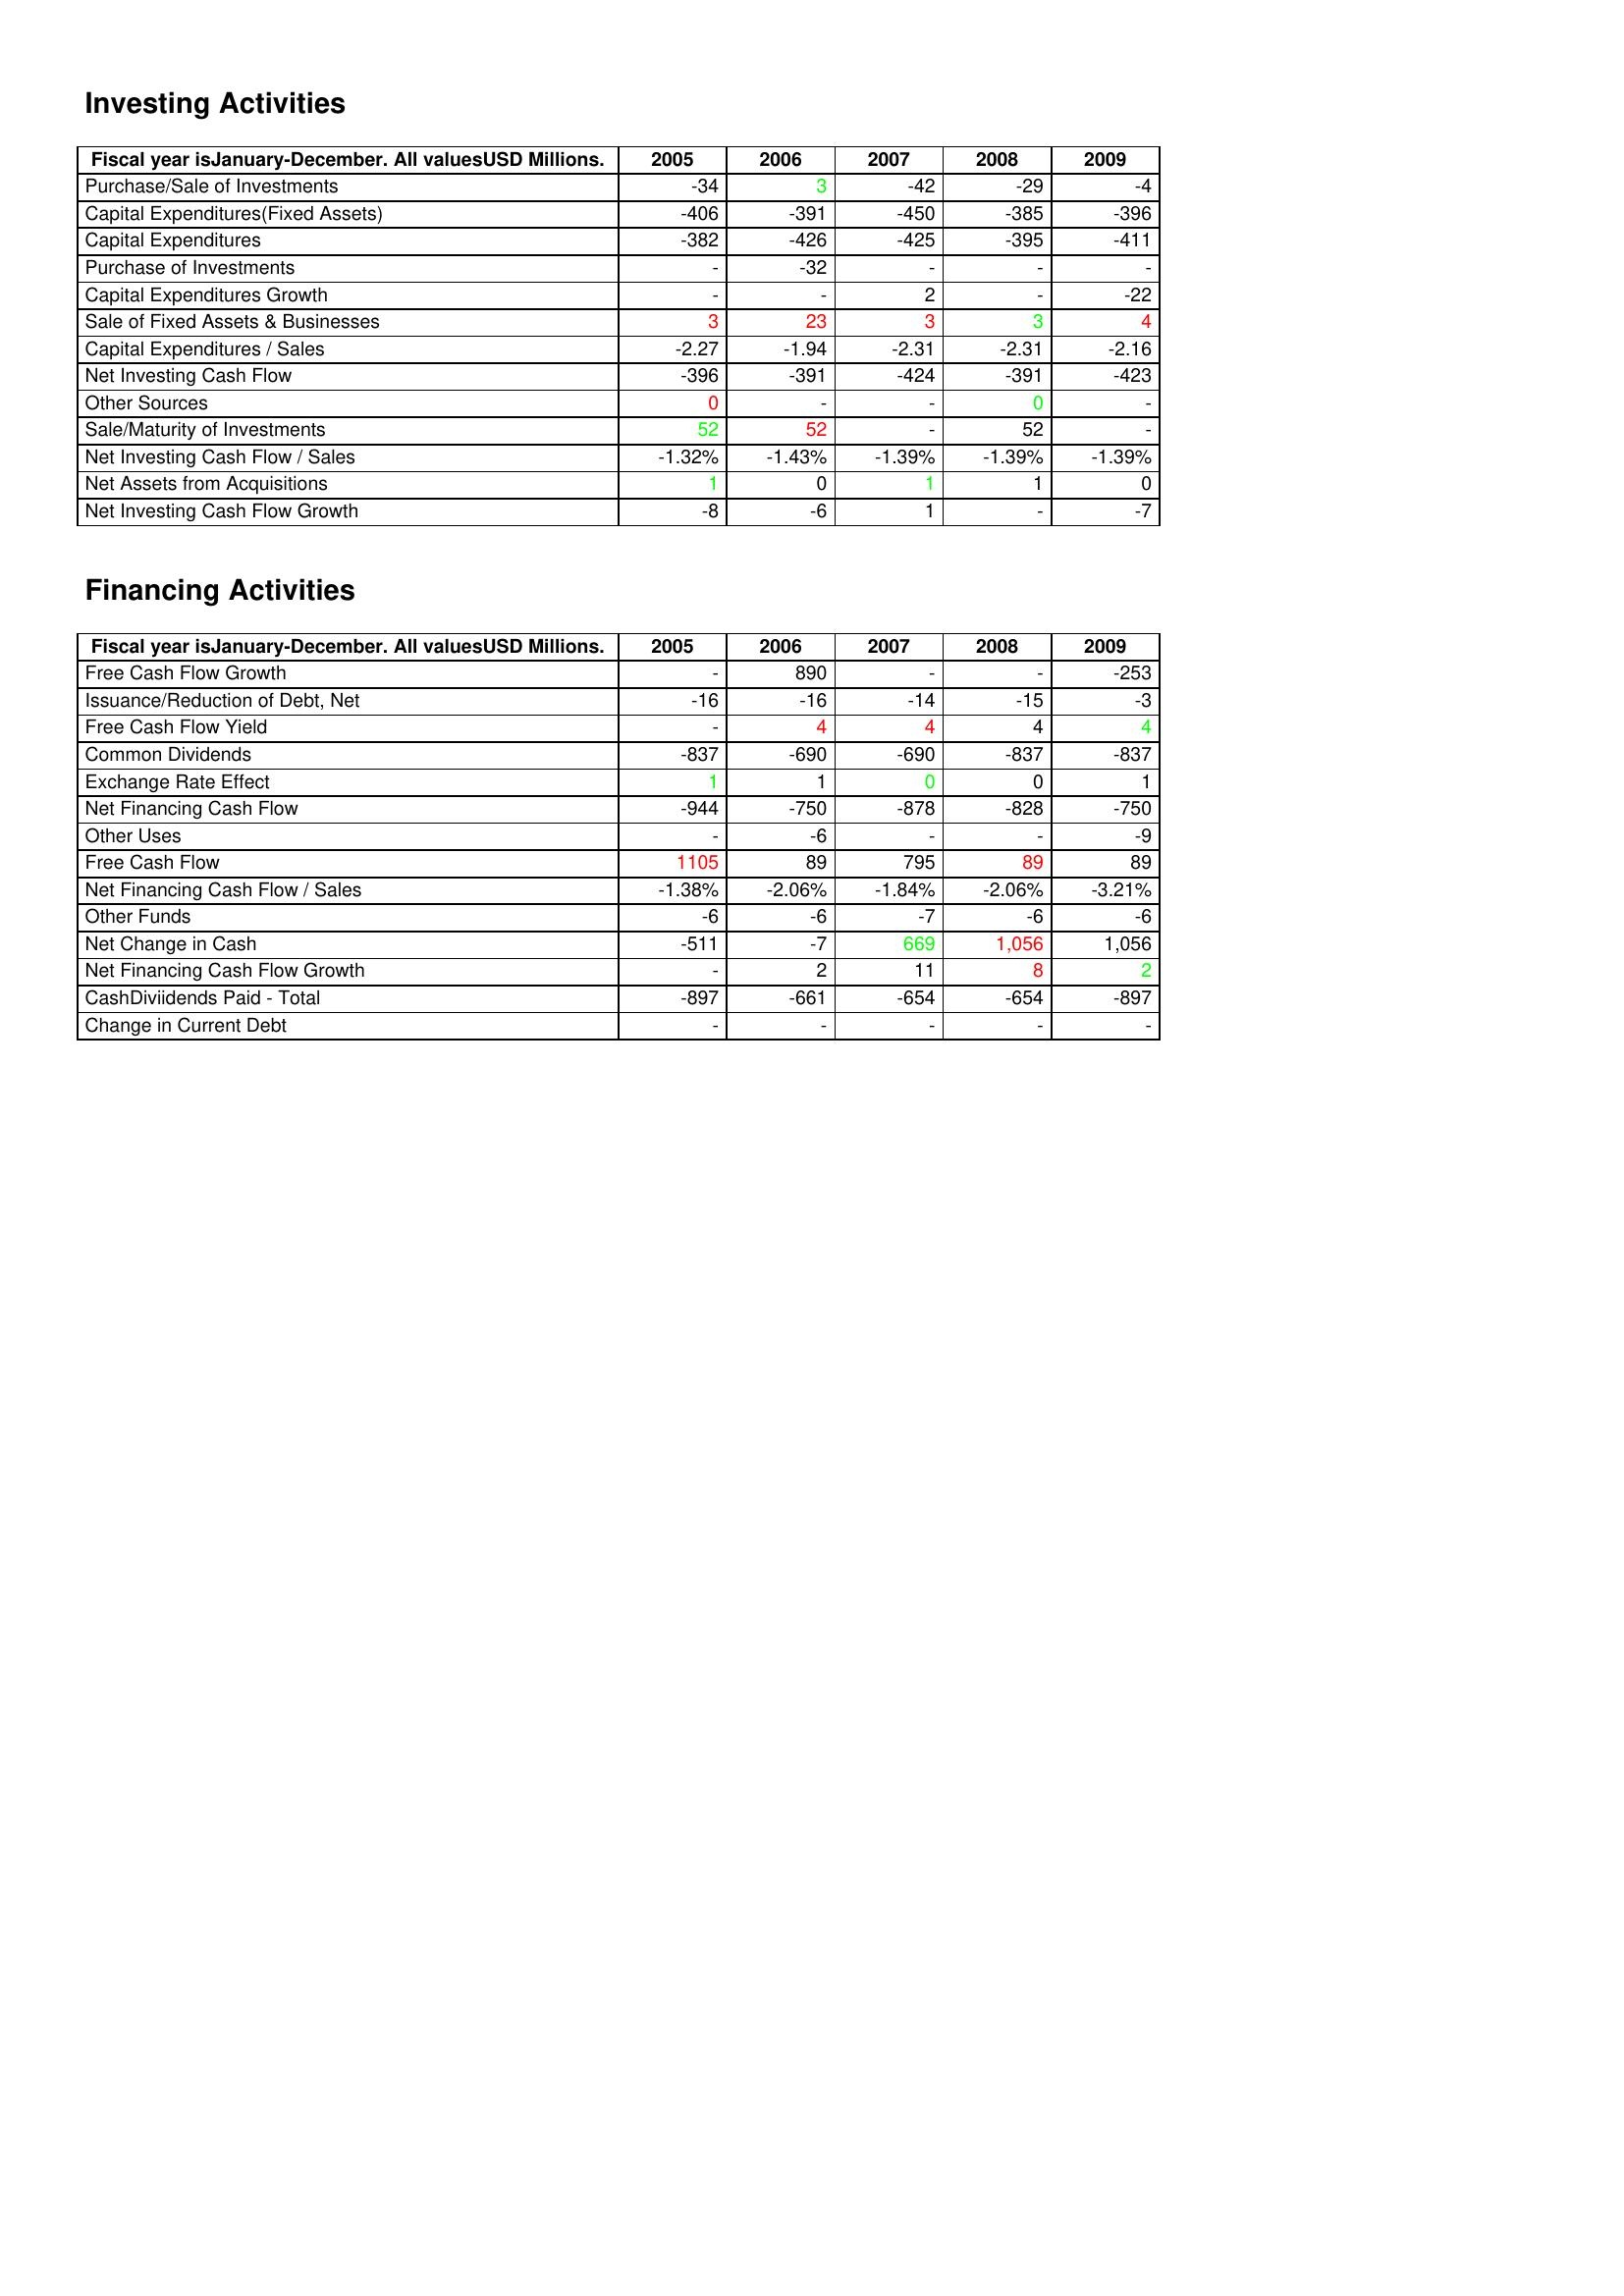
gt_parse: 2005: Investing Activities: Purchase/Sale of Investments: -34
Capital Expenditures(Fixed Assets): -406
Capital Expenditures: -382
Purchase of Investments: -
Capital Expenditures Growth: -
Sale of Fixed Assets & Businesses: 3
Capital Expenditures / Sales: -2.27
Net Investing Cash Flow: -396
Other Sources: 0
Sale/Maturity of Investments: 52
Net Investing Cash Flow / Sales: -1.32%
Net Assets from Acquisitions: 1
Net Investing Cash Flow Growth: -8
Financing Activities: Free Cash Flow Growth: -
Issuance/Reduction of Debt, Net: -16
Free Cash Flow Yield: -
Common Dividends: -837
Exchange Rate Effect: 1
Net Financing Cash Flow: -944
Other Uses: -
Free Cash Flow: 1105
Net Financing Cash Flow / Sales: -1.38%
Other Funds: -6
Net Change in Cash: -511
Net Financing Cash Flow Growth: -
CashDiviidends Paid - Total: -897
Change in Current Debt: -
2006: Investing Activities: Purchase/Sale of Investments: 3
Capital Expenditures(Fixed Assets): -391
Capital Expenditures: -426
Purchase of Investments: -32
Capital Expenditures Growth: -
Sale of Fixed Assets & Businesses: 23
Capital Expenditures / Sales: -1.94
Net Investing Cash Flow: -391
Other Sources: -
Sale/Maturity of Investments: 52
Net Investing Cash Flow / Sales: -1.43%
Net Assets from Acquisitions: 0
Net Investing Cash Flow Growth: -6
Financing Activities: Free Cash Flow Growth: 890
Issuance/Reduction of Debt, Net: -16
Free Cash Flow Yield: 4
Common Dividends: -690
Exchange Rate Effect: 1
Net Financing Cash Flow: -750
Other Uses: -6
Free Cash Flow: 89
Net Financing Cash Flow / Sales: -2.06%
Other Funds: -6
Net Change in Cash: -7
Net Financing Cash Flow Growth: 2
CashDiviidends Paid - Total: -661
Change in Current Debt: -
2007: Investing Activities: Purchase/Sale of Investments: -42
Capital Expenditures(Fixed Assets): -450
Capital Expenditures: -425
Purchase of Investments: -
Capital Expenditures Growth: 2
Sale of Fixed Assets & Businesses: 3
Capital Expenditures / Sales: -2.31
Net Investing Cash Flow: -424
Other Sources: -
Sale/Maturity of Investments: -
Net Investing Cash Flow / Sales: -1.39%
Net Assets from Acquisitions: 1
Net Investing Cash Flow Growth: 1
Financing Activities: Free Cash Flow Growth: -
Issuance/Reduction of Debt, Net: -14
Free Cash Flow Yield: 4
Common Dividends: -690
Exchange Rate Effect: 0
Net Financing Cash Flow: -878
Other Uses: -
Free Cash Flow: 795
Net Financing Cash Flow / Sales: -1.84%
Other Funds: -7
Net Change in Cash: 669
Net Financing Cash Flow Growth: 11
CashDiviidends Paid - Total: -654
Change in Current Debt: -
2008: Investing Activities: Purchase/Sale of Investments: -29
Capital Expenditures(Fixed Assets): -385
Capital Expenditures: -395
Purchase of Investments: -
Capital Expenditures Growth: -
Sale of Fixed Assets & Businesses: 3
Capital Expenditures / Sales: -2.31
Net Investing Cash Flow: -391
Other Sources: 0
Sale/Maturity of Investments: 52
Net Investing Cash Flow / Sales: -1.39%
Net Assets from Acquisitions: 1
Net Investing Cash Flow Growth: -
Financing Activities: Free Cash Flow Growth: -
Issuance/Reduction of Debt, Net: -15
Free Cash Flow Yield: 4
Common Dividends: -837
Exchange Rate Effect: 0
Net Financing Cash Flow: -828
Other Uses: -
Free Cash Flow: 89
Net Financing Cash Flow / Sales: -2.06%
Other Funds: -6
Net Change in Cash: 1,056
Net Financing Cash Flow Growth: 8
CashDiviidends Paid - Total: -654
Change in Current Debt: -
2009: Investing Activities: Purchase/Sale of Investments: -4
Capital Expenditures(Fixed Assets): -396
Capital Expenditures: -411
Purchase of Investments: -
Capital Expenditures Growth: -22
Sale of Fixed Assets & Businesses: 4
Capital Expenditures / Sales: -2.16
Net Investing Cash Flow: -423
Other Sources: -
Sale/Maturity of Investments: -
Net Investing Cash Flow / Sales: -1.39%
Net Assets from Acquisitions: 0
Net Investing Cash Flow Growth: -7
Financing Activities: Free Cash Flow Growth: -253
Issuance/Reduction of Debt, Net: -3
Free Cash Flow Yield: 4
Common Dividends: -837
Exchange Rate Effect: 1
Net Financing Cash Flow: -750
Other Uses: -9
Free Cash Flow: 89
Net Financing Cash Flow / Sales: -3.21%
Other Funds: -6
Net Change in Cash: 1,056
Net Financing Cash Flow Growth: 2
CashDiviidends Paid - Total: -897
Change in Current Debt: -